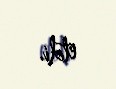
etdi.